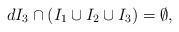
LaTeX: \begin{align*}d I_3 \cap (I_1 \cup I_2 \cup I_3) = \emptyset,\end{align*}